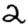
Digit: 2